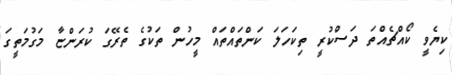
ކިޔެވީ ކޯއްޗެއްތަ ދަސްކުރީ ތިކަހަލަ ކަންތައްތައް މީހުން ތަކުގެ ތެރޭގަ ކުރަންޏާ މަގުމަތީގަ